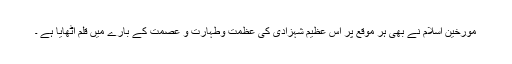
مورخین اسلام نے بھی ہر موقع پر اس عظیم شہزادی کی عظمت وطہارت و عصمت کے بارے میں قلم اٹھایا ہے ۔